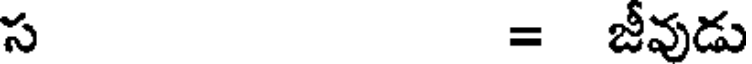
స = జీవుడు